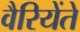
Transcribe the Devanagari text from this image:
वैरियेंते